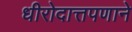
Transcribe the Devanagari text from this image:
धीरोदात्तपणाने